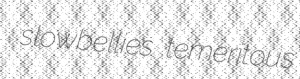
slowbellies temeritous